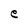
Character: e